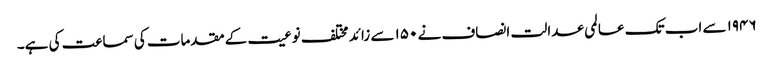
۱۹۴۶ سے اب تک عالمی عدالت انصاف نے ۱۵۰ سے زائد مختلف نوعیت کے مقدمات کی سماعت کی ہے۔